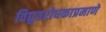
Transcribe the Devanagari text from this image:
विद्युतरोधकाप्रमाणे